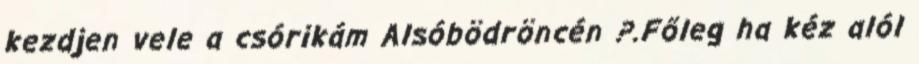
kezdjen vele a csórikám Alsóbödröncén ?.Főleg ha kéz alól